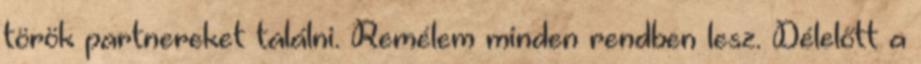
török partnereket találni. Remélem minden rendben lesz. Délelőtt a